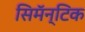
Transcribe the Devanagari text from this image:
सिमॅन्टिक